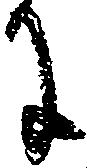
に